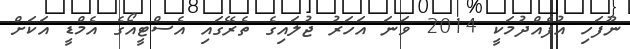
ނޫފަހި އުފެއްދުމަކީ 2014 ވަނަ އަހަރު ޖުލައިގެ ތެރޭގައި އެސްޓީއޯގެ އެމްޑީ އަކަށް